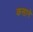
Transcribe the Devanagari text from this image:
कसाने